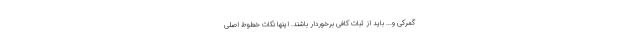
گمرکی و... باید از ثبات کافی برخوردار باشند. اینها نکات خطوط اصلی